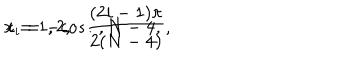
LaTeX: x _ { i } = - c o s { \frac { ( 2 i - 1 ) \pi } { 2 ( N - 4 ) } } , \hspace { . 5 i n } i = 1 , 2 , \dots , N - 4 ,